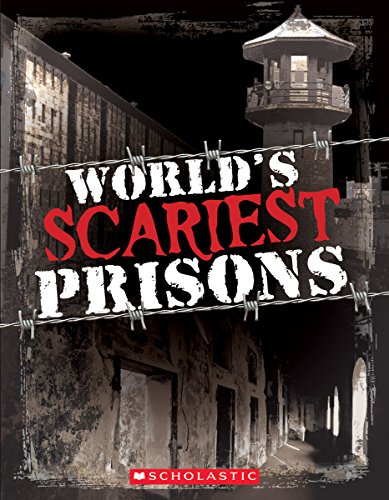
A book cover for World's Scariest Prisons; Emma Carlson Berne; Children's Books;